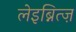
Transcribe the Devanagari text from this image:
लेइब्नित्ज़